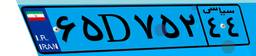
۸۹D۱۵۴۶۲